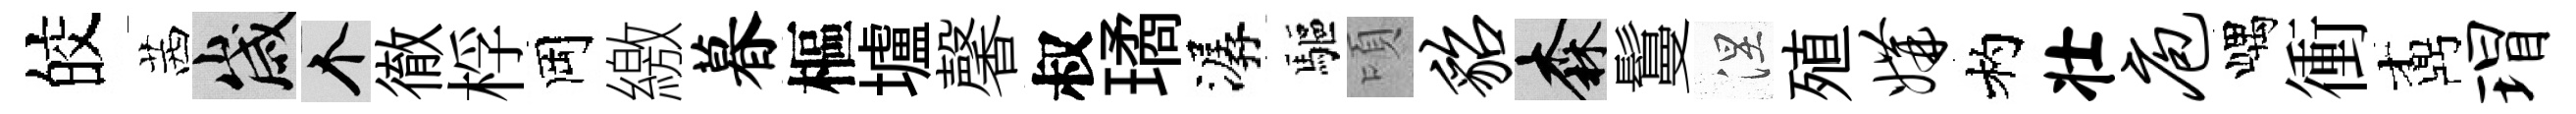
皎茜歲个徹桴岡繳暮樞壚馨叔璚潺驅頃貂森鬘涅殖媾杓壮庖嵎衝鼒瑁